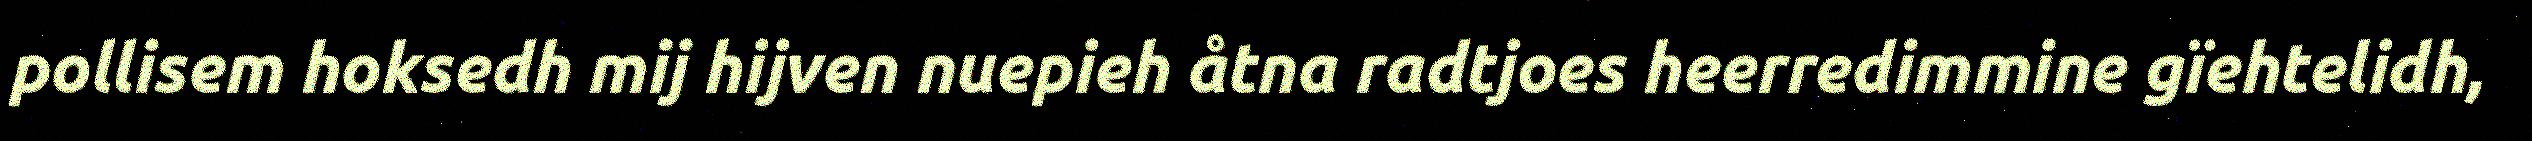
pollisem hoksedh mij hijven nuepieh åtna radtjoes heerredimmine gïehtelidh,